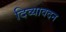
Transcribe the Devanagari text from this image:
दिव्‍यावदन